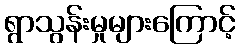
ရွာသွန်းမှုများကြောင့်